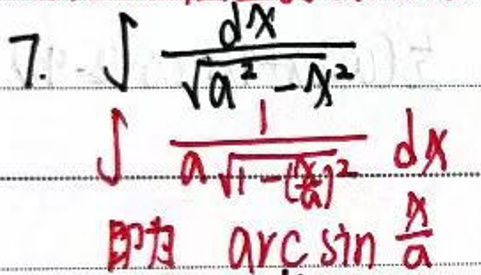
\(\int\frac{dx}{\sqrt{a^{2}-x^{2}}}=\int\frac{dx}{a\sqrt{1 - (\frac{x}{a})^{2}}}=\arcsin\frac{x}{a}\)